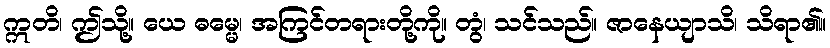
ဣတိ၊ ဤသို့။ ယေ ဓမ္မေ၊ အကြင်တရားတို့ကို။ တွံ၊ သင်သည်။ ဇာနေယျာသိ၊ သိရာ၏။